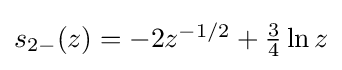
{\textstyle s_{2-}(z)=-2z^{-1/2}+{\tfrac {3}{4}}\ln z}